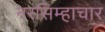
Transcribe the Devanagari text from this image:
नरसिम्हाचार